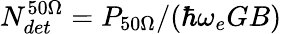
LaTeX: N_{det}^{50\Omega}=P_{50\Omega}/(\hbar\omega_{e}GB)